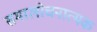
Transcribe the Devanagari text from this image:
समालोचनात्‍मक